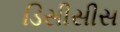
ડિસીસીસ